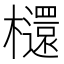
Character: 𣟳